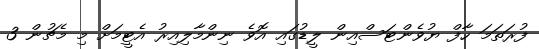
ފުރަތަމަ ހާފް ޔުވެންޓަސްއިން ލީޑުގައި އޮވެ ނިންމާލިއިރު އެޓީމަށް މި މެޗުން 3